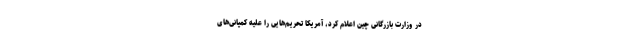
در وزارت بازرگانی چین اعلام کرد، آمریکا تحریم‌هایی را علیه کمپانی‌های